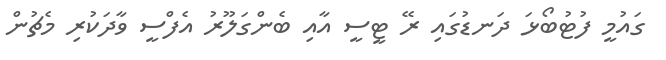
ގައުމީ ފުޓުބޯޅަ ދަނޑުގައި ރޭ ޓީސީ އާއި ބެންގަލޫރު އެފްސީ ވާދަކުރި މެޗުން